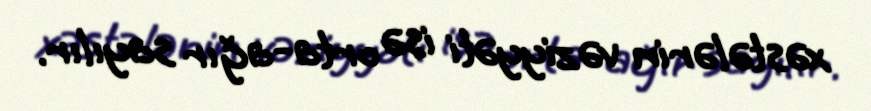
xəstələrin vəziyyəti isə orta-ağır sayılır.